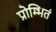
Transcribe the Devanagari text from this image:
प्रोम्भितं